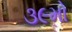
૩૯મો